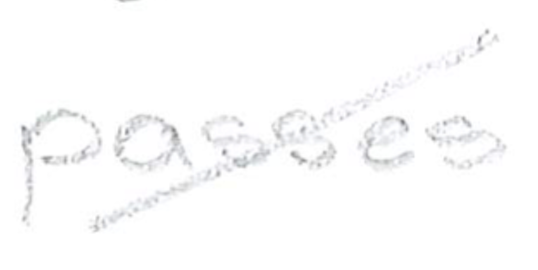
Text: passes
Cross-out: diagonal
Writing tool: pencil